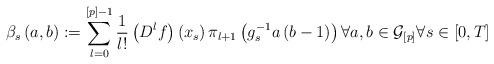
LaTeX: \begin{align*}\beta _{s}\left( a,b\right) :=\sum_{l=0}^{\left[ p\right] -1}\frac{1}{l!}\left( D^{l}f\right) \left( x_{s}\right) \pi _{l+1}\left( g_{s}^{-1}a\left(b-1\right) \right) \forall a,b\in \mathcal{G}_{\left[ p\right] }\forall s\in \left[ 0,T\right] \end{align*}